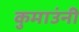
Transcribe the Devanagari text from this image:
कुमाउंनी